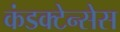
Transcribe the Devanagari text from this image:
कंडक्टेन्सेस